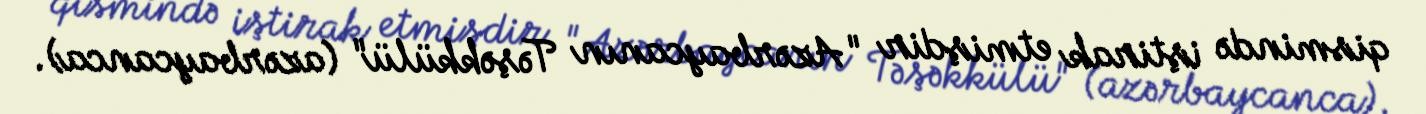
qismində iştirak etmişdir "Azərbaycanın Təşəkkülü" (azərbaycanca).